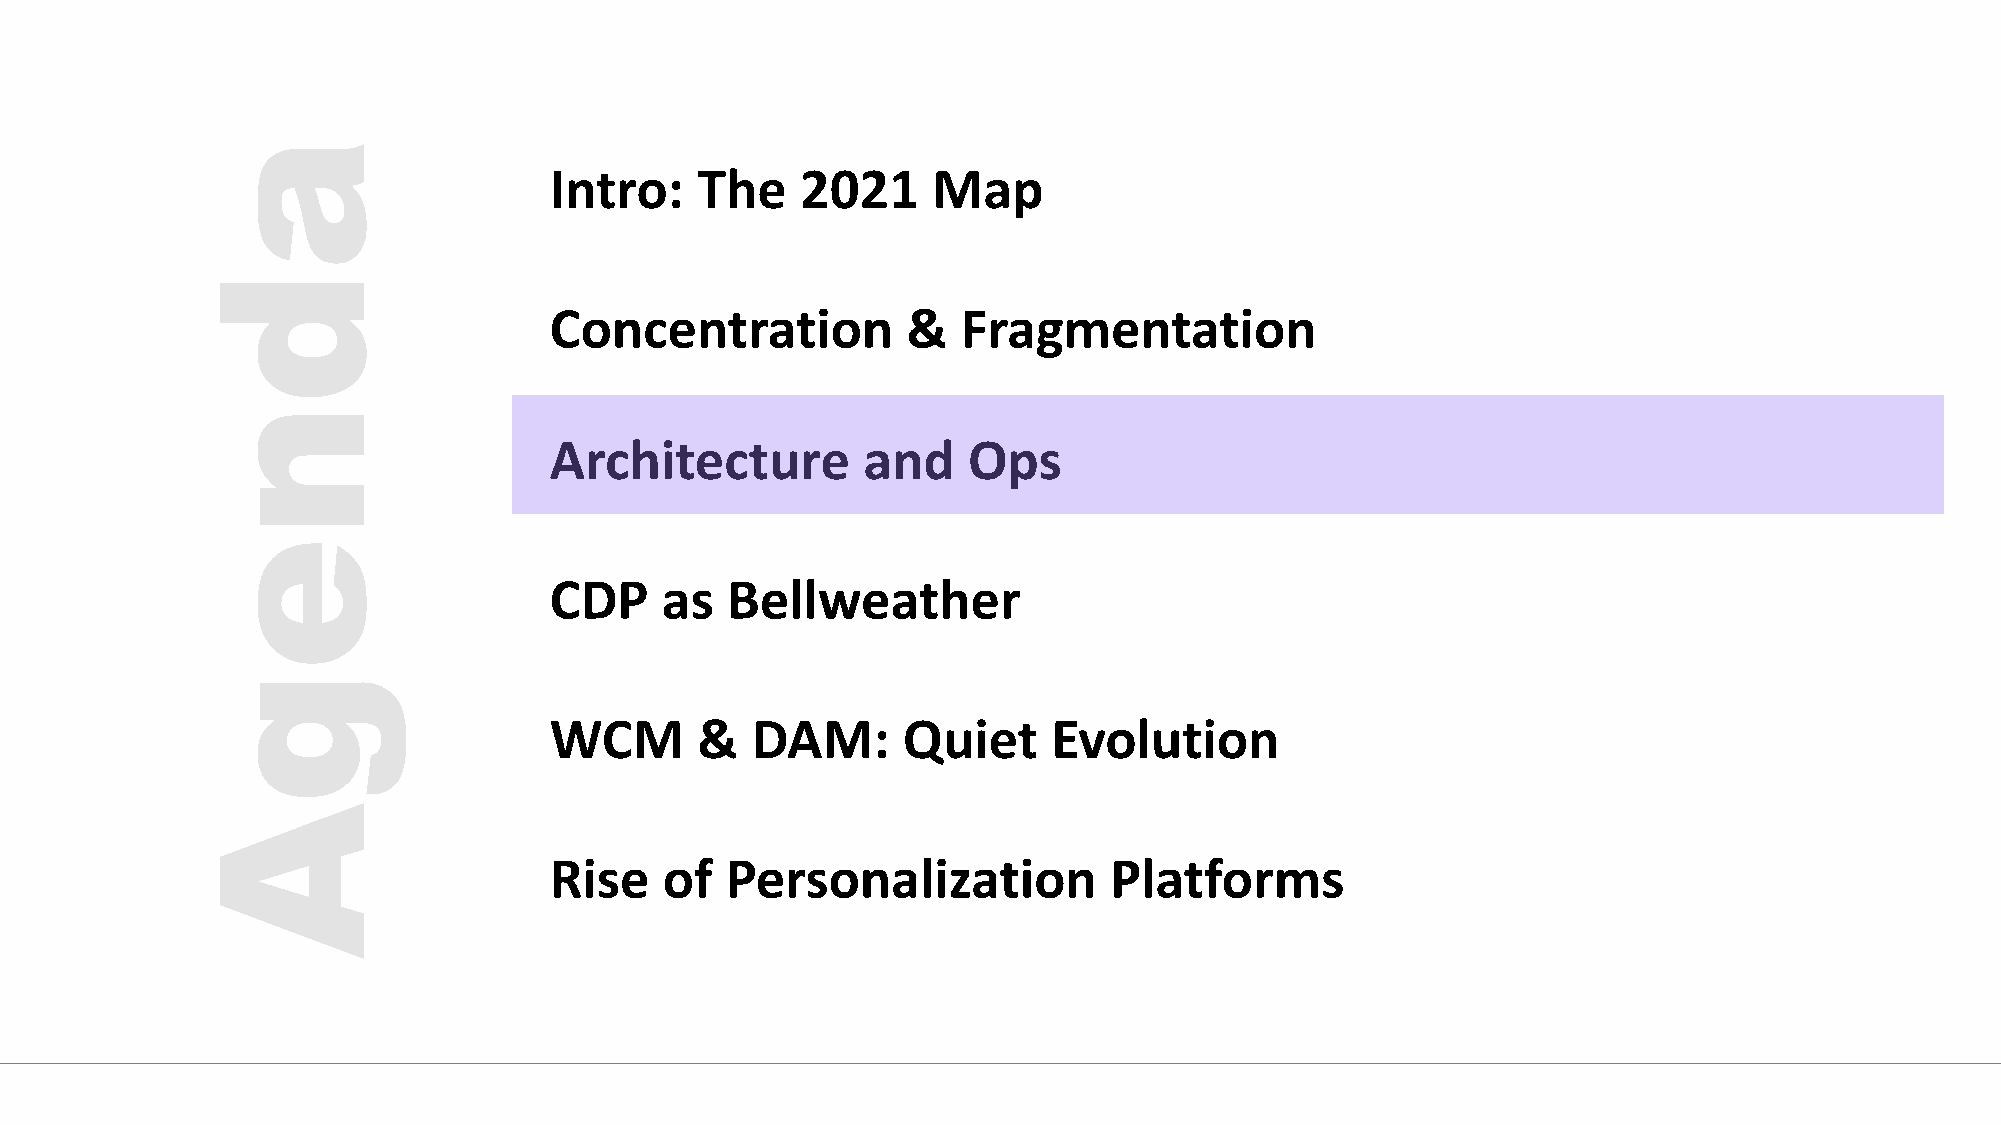
Intro:    The    2021     Map
 Concentration           &   Fragmentation
 Architecture         and    Ops
 CDP     as  Bellweather
 WCM       &   DAM:      Quiet     Evolution
 Rise    of  Personalization          Platforms